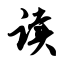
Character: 读